Report on certain features of malaria in the island of Salsette
Disease focus: Malaria
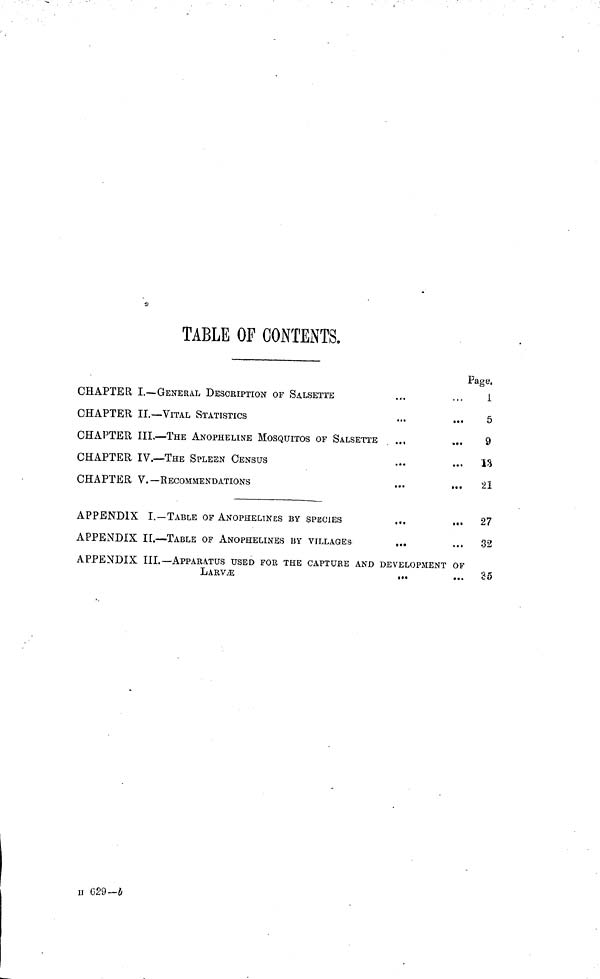
TABLE OF CONTENTS.
CHAPTER I.— GENERAL DESCRIPTION OF SALSETTE
CHAPTER II.— VITAL STATISTICS
CHAPTER III. — THE ANOPHELINE MOSQUITOS OF SALSETTE
...
CHAPTER IV.— THE SPLEEN CENSUS
CHAPTER V.— RECOMMENDATIONS
APPENDIX I.— TABLE OF ANOPHELINES BY SPECIES
APPENDIX II. — TABLE OF ANOPHELINES BY VILLAGES
...
APPENDIX III,— APPARATUS USED FOR THE CAPTURE AND DEVELOPMENT OF
LARVÆ
Page.
I
5
9
13
21
27
32
35